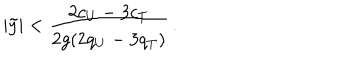
LaTeX: | \tilde { y } | < { \frac { 2 c _ { U } - 3 c _ { T } } { 2 g ( 2 q _ { U } - 3 q _ { T } ) } } \, .